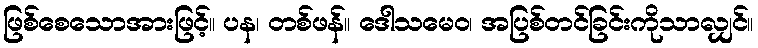
ဖြစ်စေသောအားဖြင့်။ ပန၊ တစ်ဖန်။ ဒေါသမေဝ၊ အပြစ်တင်ခြင်းကိုသာလျှင်။